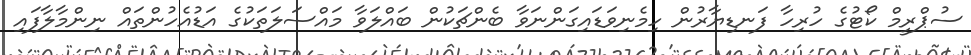
ސުޕްރީމް ކޯޓުގެ ހުރިހާ ފަނޑިޔާރުން ހިމެނިވަޑައިގަންނަވާ ބެންޗަކުން ބައްލަވާ މައްސަލަތަކުގެ އަޑުއެހުންތައް ނިންމާލާފައި